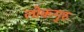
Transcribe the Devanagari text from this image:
लोकगुरु